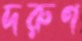
দরুণ